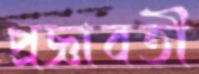
প্রজ্ঞাবতী